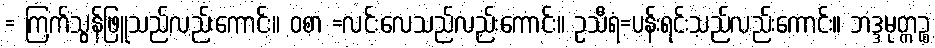
= ကြက်သွန်ဖြူသည်လည်းကောင်း။ ဝစာ =လင်းလေသည်လည်းကောင်း။ ဥသီရံ=ပန်းရင်းသည်လည်းကောင်း။ ဘဒ္ဒမုတ္တဉ္စ